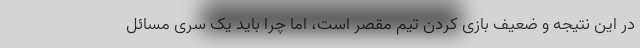
در این نتیجه و ضعیف بازی کردن تیم مقصر است، اما چرا باید یک سری مسائل